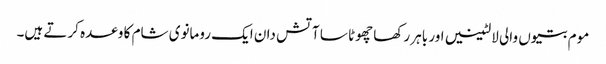
موم بتیوں والی لالٹینیں اور باہر رکھا چھوٹا سا آتش دان ایک رومانوی شام کا وعدہ کرتے ہیں۔